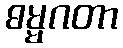
ဓမ္မဂတာ